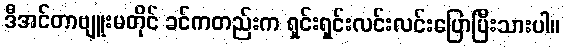
ဒီအင်တာဗျူးမတိုင် ခင်ကတည်းက ရှင်းရှင်းလင်းလင်းပြောပြီးသားပါ။